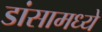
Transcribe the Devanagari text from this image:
डांसामध्ये